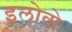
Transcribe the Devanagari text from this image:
इलोवो